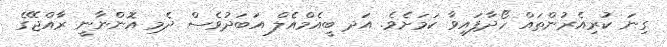
ގިނަ ކުރިއެރުންތައް ހޯދާފައިވާ ކަމަށެވެ. އަދ ބީއެމްއެލް އަބަދުވެސް ދެމި އޮންނާނީ ރާއްޖޭގެ